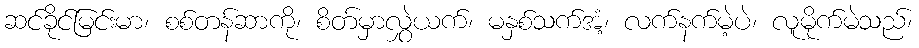
ဆင်ခိုင်မြင်းမာ၊ စစ်တန်ဆာကို၊ စိတ်မှာလွှဲယက်၊ မနှစ်သက်အံ့၊ လက်နက်မဲ့ပဲ၊ လူမိုက်မဲသည်၊